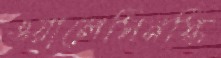
ওয়ালেসিনস্কি